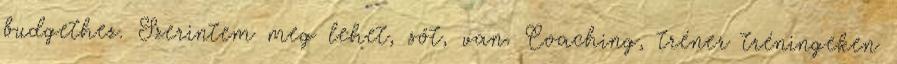
budgethez. Szerintem meg lehet, sőt, van. Coaching, tréner tréningeken